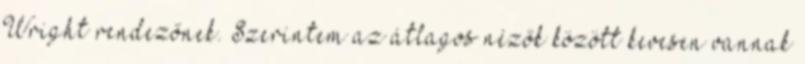
Wright rendezőnek. Szerintem az átlagos nézők között kevesen vannak